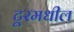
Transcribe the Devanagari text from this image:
टूरमधील